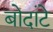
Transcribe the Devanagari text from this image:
बोदांटे